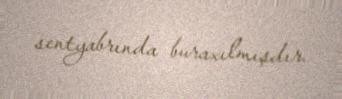
sentyabrında buraxılmışdır.